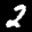
Label: 2